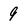
Character: 9